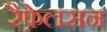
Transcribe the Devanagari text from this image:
रैफ़ेलसन